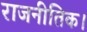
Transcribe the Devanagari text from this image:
राजनीतिक।